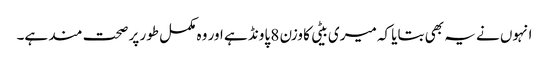
انہوں نے یہ بھی بتایا کہ میری بیٹی کا وزن 8 پاونڈ ہے اور وہ مکمل طور پر صحت مند ہے۔